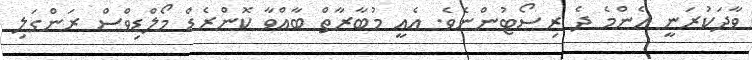
ވާދަކުރަނީ އެންމެ ދެ ރިސޯޓުންނެވެ. އެއީ މުބާރާތް ބާއްވާ ކޮންރެޑް މޯލްޑިވްސް ރަންގަލި